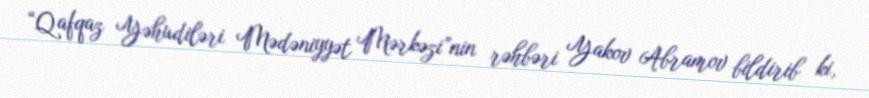
“Qafqaz Yəhudiləri Mədəniyyət Mərkəzi”nin rəhbəri Yakov Abramov bildirib ki,